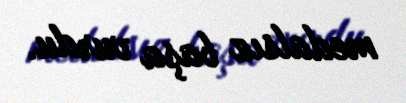
medalsız başa vurdu.